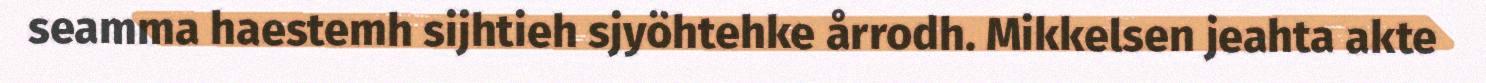
seamma haestemh sijhtieh sjyöhtehke årrodh. Mikkelsen jeahta akte